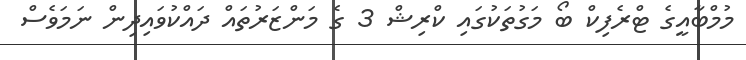
މުމްބާއީގެ ޓްރެފިކް ބޯ މަގުތަކުގައި ކްރިޝް 3 ގެ މަންޒަރުތައް ދައްކުވައިދިން ނަމަވެސް